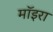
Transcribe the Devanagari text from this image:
मॉइरा